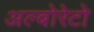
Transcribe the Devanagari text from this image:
अल्बोरेटो